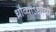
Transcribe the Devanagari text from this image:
ध्रौव्याऽध्रौव्ये